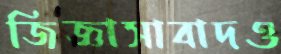
জিজ্ঞাসাবাদও